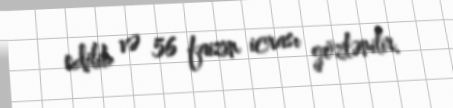
edilib və 56 faizin icrası gözlənilir.